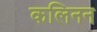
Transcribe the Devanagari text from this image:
कलिनन